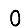
Digit: 0